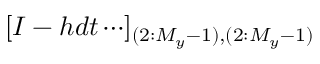
[ I - h d t \cdots ] _ { ( 2 : M _ { y } - 1 ) , ( 2 : M _ { y } - 1 ) }